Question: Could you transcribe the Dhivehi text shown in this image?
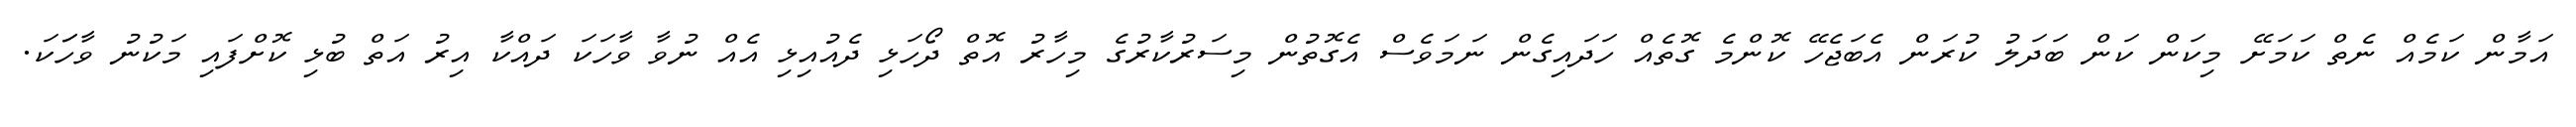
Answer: އަމާން ކަމެއް ނެތް ކަމަށޭ މިކަން ކަން ބަދަލު ކުރަން އެބަޖެހޭ ކޮންމެ ގޮތެއް ހަދައިގެން ނަމަވެސް އެގޮތުން މިސަރުކާރުގެ މިހާރު އޮތް ދޯހަޅި ދެއުއިޅި އެއް ނުވާ ވާހަކަ ދައްކާ އިރު އަތް ބުޅި ކޮށްފައި މަކުނު ވާހަަކަ.